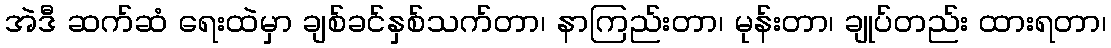
အဲဒီ ဆက်ဆံ ရေးထဲမှာ ချစ်ခင်နှစ်သက်တာ၊ နာကြည်းတာ၊ မုန်းတာ၊ ချုပ်တည်း ထားရတာ၊